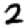
Digit: 2